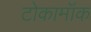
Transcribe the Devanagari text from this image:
टोकामॉक